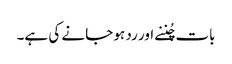
بات چُننے اور رد ہو جانے کی ہے۔